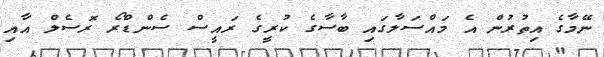
ނޭމާގެ އިތުރުން އެ މައްސަލާގައި ބާސާގެ ކުރީގެ ރައީސް ސެންޑްރޯ ރޮސެލް އާއި